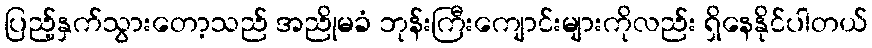
ပြည့်နှက်သွားတော့သည် အညိုမခံ ဘုန်းကြီးကျောင်းများကိုလည်း ရှိနေနိုင်ပါတယ်